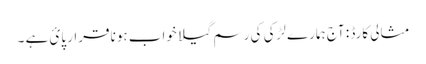
مثالی کارڈ : آج ہمارے لڑکی کی رسم گیلا خواب ہونا قرار پائ ہے ۔